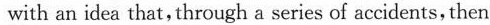
with an idea that, through a series of accidents, then